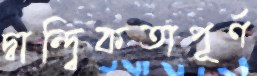
দ্বান্দ্বিকতাপূর্ণ